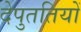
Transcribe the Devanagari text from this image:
देपुततियों